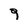
Character: 9